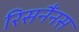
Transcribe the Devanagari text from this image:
रिसनैंनस